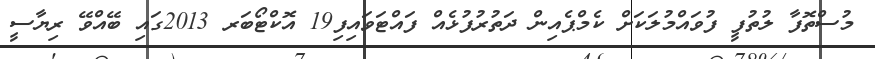
މުސްތޮފާ ލުތުފީ ފުވައްމުލަކަށް ކެމްޕެއިން ދަތުރުފުޅެއް ފައްޓަވައިފި19 އޮކްޓޯބަރ 2013ގައި ބޭއްވޭ ރިޔާސީ